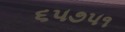
૬૫૭૫૧